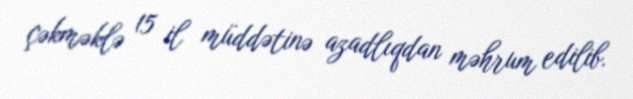
çəkməklə 15 il müddətinə azadlıqdan məhrum edilib.